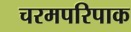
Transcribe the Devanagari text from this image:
चरमपरिपाक